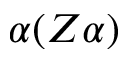
\alpha ( Z \alpha )